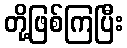
တို့ဖြစ်ကြပြီး